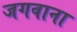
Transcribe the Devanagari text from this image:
जगवाना